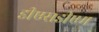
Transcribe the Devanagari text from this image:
डीएसडीएम